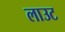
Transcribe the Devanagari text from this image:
लाउट